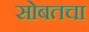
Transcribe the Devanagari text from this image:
सोबतचा